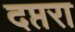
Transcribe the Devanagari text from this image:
दप्तरा